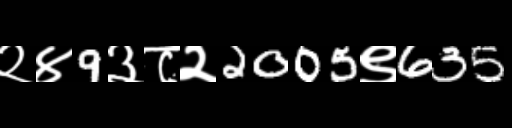
Text: २४9३८२2005९635